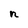
Character: n